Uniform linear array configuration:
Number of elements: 4
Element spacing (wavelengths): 1
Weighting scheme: blackman
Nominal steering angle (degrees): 0
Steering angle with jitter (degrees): -1.283
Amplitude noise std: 0.05
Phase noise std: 0.05

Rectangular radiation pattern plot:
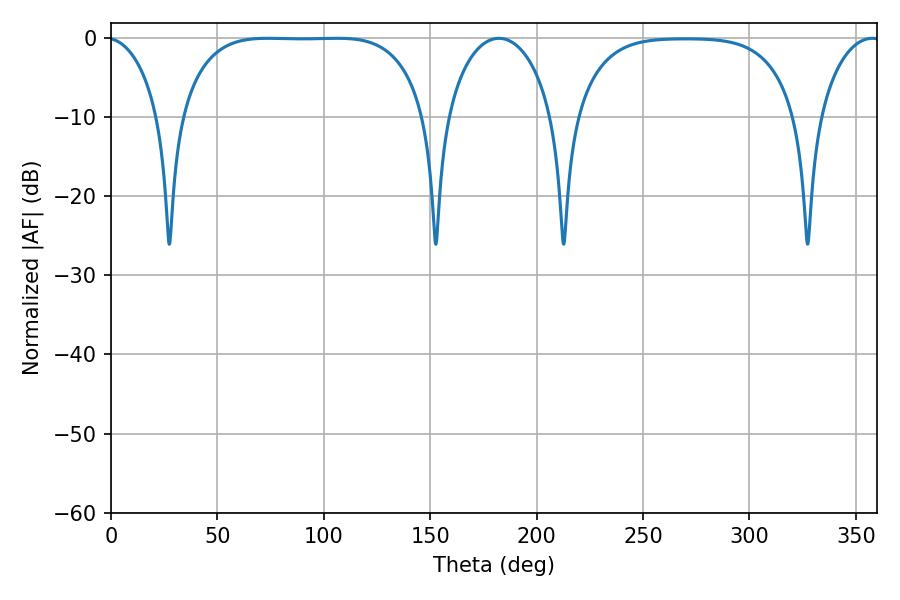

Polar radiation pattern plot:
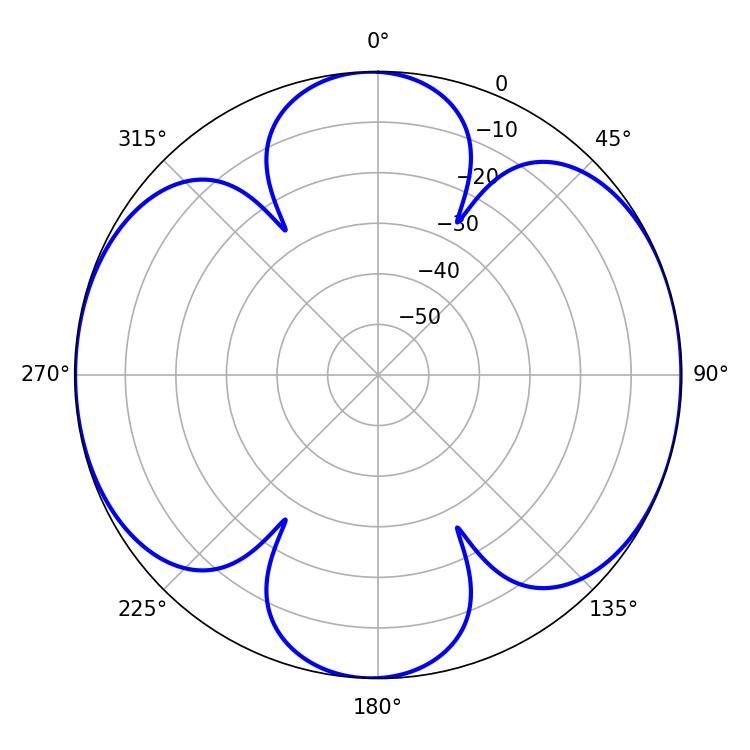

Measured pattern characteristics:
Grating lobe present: TRUE
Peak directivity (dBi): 10.831
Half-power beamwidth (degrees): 89.28
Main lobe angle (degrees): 73.8